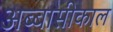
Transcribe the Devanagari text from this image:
अब्बासीकाल